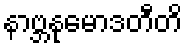
နာဗ္ဘနုမောဒတီတိ